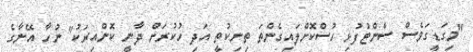
"މިގަޑީގަވެސް ސެންޓުފުޅި ހުސްކޮށްލައިގެންތަ ތިނިކުތީ އަދި ހުކުރަށް ދާނީ ކޮންއިރަކު" ނުހާ އޭނާގެ